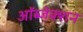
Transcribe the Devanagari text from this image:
ऑब्जेक्शन